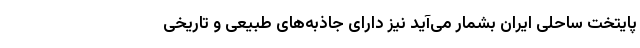
پایتخت ساحلی ایران بشمار می­‌آید نیز دارای جاذبه­‌های طبیعی و تاریخی